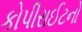
કોપીરાઈટનો